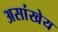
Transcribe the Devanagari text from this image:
असांखेय